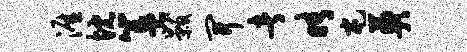
涯忱簋黻开者晴屯奠